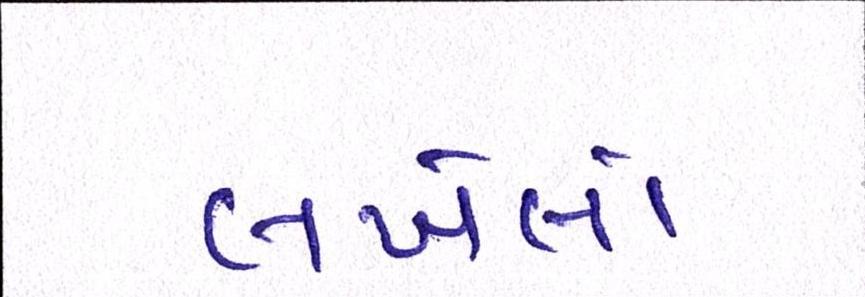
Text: લખેલો